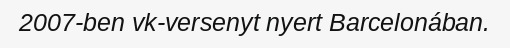
2007-ben vk-versenyt nyert Barcelonában.